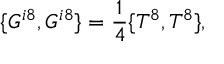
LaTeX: \{ G ^ { i 8 } , G ^ { i 8 } \} = { \frac { 1 } { 4 } } \{ T ^ { 8 } , T ^ { 8 } \} ,